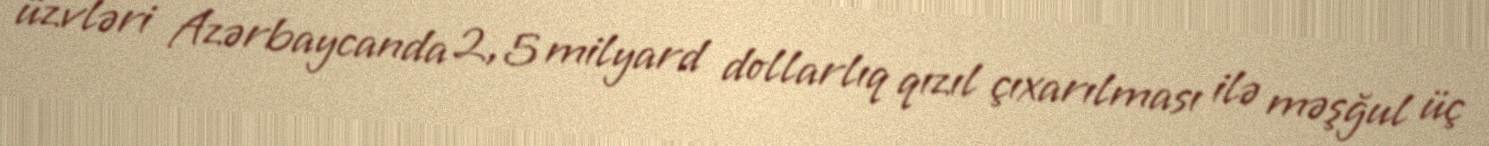
üzvləri Azərbaycanda 2, 5 milyard dollarlıq qızıl çıxarılması ilə məşğul üç